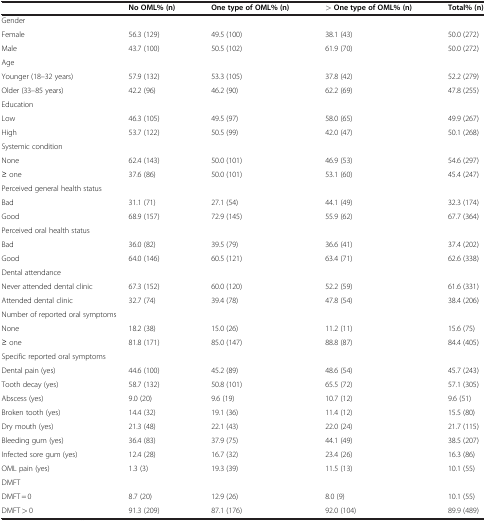
<table><thead><tr><td><b> </b></td><td><b>No OML% (n)</b></td><td><b>One type of OML% (n)</b></td><td><b>&gt; One type of OML% (n)</b></td><td><b>Total% (n)</b></td></tr></thead><tbody><tr><td colspan="5">Gender</td></tr><tr><td>Female</td><td>56.3 (129)</td><td>49.5 (100)</td><td>38.1 (43)</td><td>50.0 (272)</td></tr><tr><td>Male</td><td>43.7 (100)</td><td>50.5 (102)</td><td>61.9 (70)</td><td>50.0 (272)</td></tr><tr><td colspan="5">Age</td></tr><tr><td>Younger (18–32 years)</td><td>57.9 (132)</td><td>53.3 (105)</td><td>37.8 (42)</td><td>52.2 (279)</td></tr><tr><td>Older (33–85 years)</td><td>42.2 (96)</td><td>46.2 (90)</td><td>62.2 (69)</td><td>47.8 (255)</td></tr><tr><td colspan="5">Education</td></tr><tr><td>Low</td><td>46.3 (105)</td><td>49.5 (97)</td><td>58.0 (65)</td><td>49.9 (267)</td></tr><tr><td>High</td><td>53.7 (122)</td><td>50.5 (99)</td><td>42.0 (47)</td><td>50.1 (268)</td></tr><tr><td colspan="5">Systemic condition</td></tr><tr><td>None</td><td>62.4 (143)</td><td>50.0 (101)</td><td>46.9 (53)</td><td>54.6 (297)</td></tr><tr><td>≥ one</td><td>37.6 (86)</td><td>50.0 (101)</td><td>53.1 (60)</td><td>45.4 (247)</td></tr><tr><td colspan="5">Perceived general health status</td></tr><tr><td>Bad</td><td>31.1 (71)</td><td>27.1 (54)</td><td>44.1 (49)</td><td>32.3 (174)</td></tr><tr><td>Good</td><td>68.9 (157)</td><td>72.9 (145)</td><td>55.9 (62)</td><td>67.7 (364)</td></tr><tr><td colspan="5">Perceived oral health status</td></tr><tr><td>Bad</td><td>36.0 (82)</td><td>39.5 (79)</td><td>36.6 (41)</td><td>37.4 (202)</td></tr><tr><td>Good</td><td>64.0 (146)</td><td>60.5 (121)</td><td>63.4 (71)</td><td>62.6 (338)</td></tr><tr><td colspan="5">Dental attendance</td></tr><tr><td>Never attended dental clinic</td><td>67.3 (152)</td><td>60.0 (120)</td><td>52.2 (59)</td><td>61.6 (331)</td></tr><tr><td>Attended dental clinic</td><td>32.7 (74)</td><td>39.4 (78)</td><td>47.8 (54)</td><td>38.4 (206)</td></tr><tr><td colspan="5">Number of reported oral symptoms</td></tr><tr><td>None</td><td>18.2 (38)</td><td>15.0 (26)</td><td>11.2 (11)</td><td>15.6 (75)</td></tr><tr><td>≥ one</td><td>81.8 (171)</td><td>85.0 (147)</td><td>88.8 (87)</td><td>84.4 (405)</td></tr><tr><td colspan="5">Specific reported oral symptoms</td></tr><tr><td>Dental pain (yes)</td><td>44.6 (100)</td><td>45.2 (89)</td><td>48.6 (54)</td><td>45.7 (243)</td></tr><tr><td>Tooth decay (yes)</td><td>58.7 (132)</td><td>50.8 (101)</td><td>65.5 (72)</td><td>57.1 (305)</td></tr><tr><td>Abscess (yes)</td><td>9.0 (20)</td><td>9.6 (19)</td><td>10.7 (12)</td><td>9.6 (51)</td></tr><tr><td>Broken tooth (yes)</td><td>14.4 (32)</td><td>19.1 (36)</td><td>11.4 (12)</td><td>15.5 (80)</td></tr><tr><td>Dry mouth (yes)</td><td>21.3 (48)</td><td>22.1 (43)</td><td>22.0 (24)</td><td>21.7 (115)</td></tr><tr><td>Bleeding gum (yes)</td><td>36.4 (83)</td><td>37.9 (75)</td><td>44.1 (49)</td><td>38.5 (207)</td></tr><tr><td>Infected sore gum (yes)</td><td>12.4 (28)</td><td>16.7 (32)</td><td>23.4 (26)</td><td>16.3 (86)</td></tr><tr><td>OML pain (yes)</td><td>1.3 (3)</td><td>19.3 (39)</td><td>11.5 (13)</td><td>10.1 (55)</td></tr><tr><td colspan="5">DMFT</td></tr><tr><td>DMFT = 0</td><td>8.7 (20)</td><td>12.9 (26)</td><td>8.0 (9)</td><td>10.1 (55)</td></tr><tr><td>DMFT &gt; 0</td><td>91.3 (209)</td><td>87.1 (176)</td><td>92.0 (104)</td><td>89.9 (489)</td></tr></tbody></table>